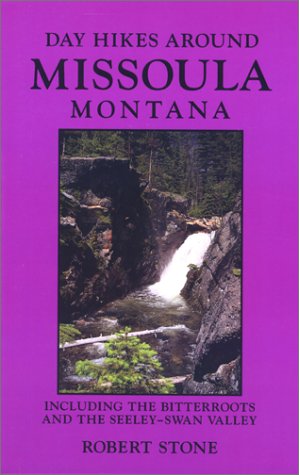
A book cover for Day Hikes Around Missoula, Montana, 2nd; Robert Stone; Travel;